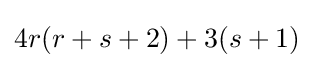
4r(r+s+2)+3(s+1)